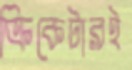
ক্রিকেটারই